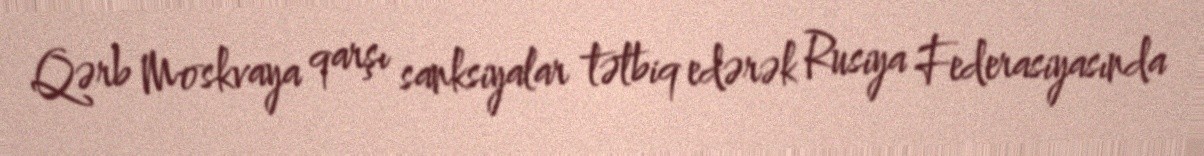
Qərb Moskvaya qarşı sanksiyalar tətbiq edərək Rusiya Federasiyasında